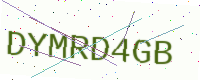
Text: DYMRD4GB